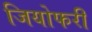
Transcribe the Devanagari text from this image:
जियोफरी